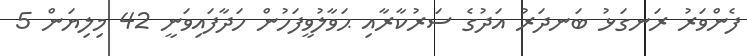
ފެންވަރު ރަނގަޅު ބަނދަރު އަދުގެ ސަރުކާރާއި ޙަވާލުވީފަހުން ހަދާފައިވަނީ 42 މިލިޔަން 5